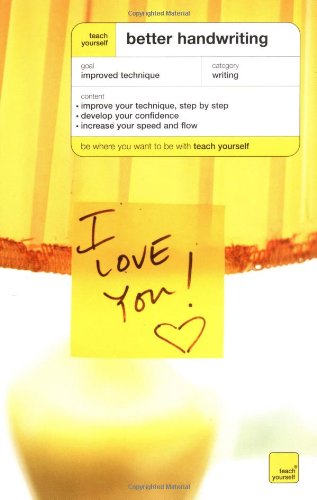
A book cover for Teach Yourself Better Handwriting; Rosemary Sassoon; Reference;